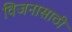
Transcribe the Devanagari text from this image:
विजनासाठी